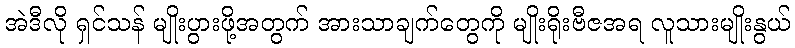
အဲဒီလို ရှင်သန် မျိုးပွားဖို့အတွက် အားသာချက်တွေကို မျိုးရိုးဗီဇအရ လူသားမျိုးနွယ်